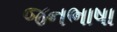
જનભાષા